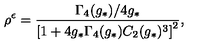
\rho ^ { \epsilon } = \frac { \Gamma _ { 4 } ( g _ { * } ) / 4 g _ { * } } { \left[ 1 + 4 g _ { * } \Gamma _ { 4 } ( g _ { * } ) C _ { 2 } ( g _ { * } ) ^ { 3 } \right] ^ { 2 } } ,